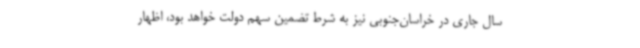
سال جاری در خراسان‌جنوبی نیز به شرط تضمین سهم دولت خواهد بود، اظهار